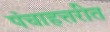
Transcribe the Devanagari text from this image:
पंचाहत्तरीत